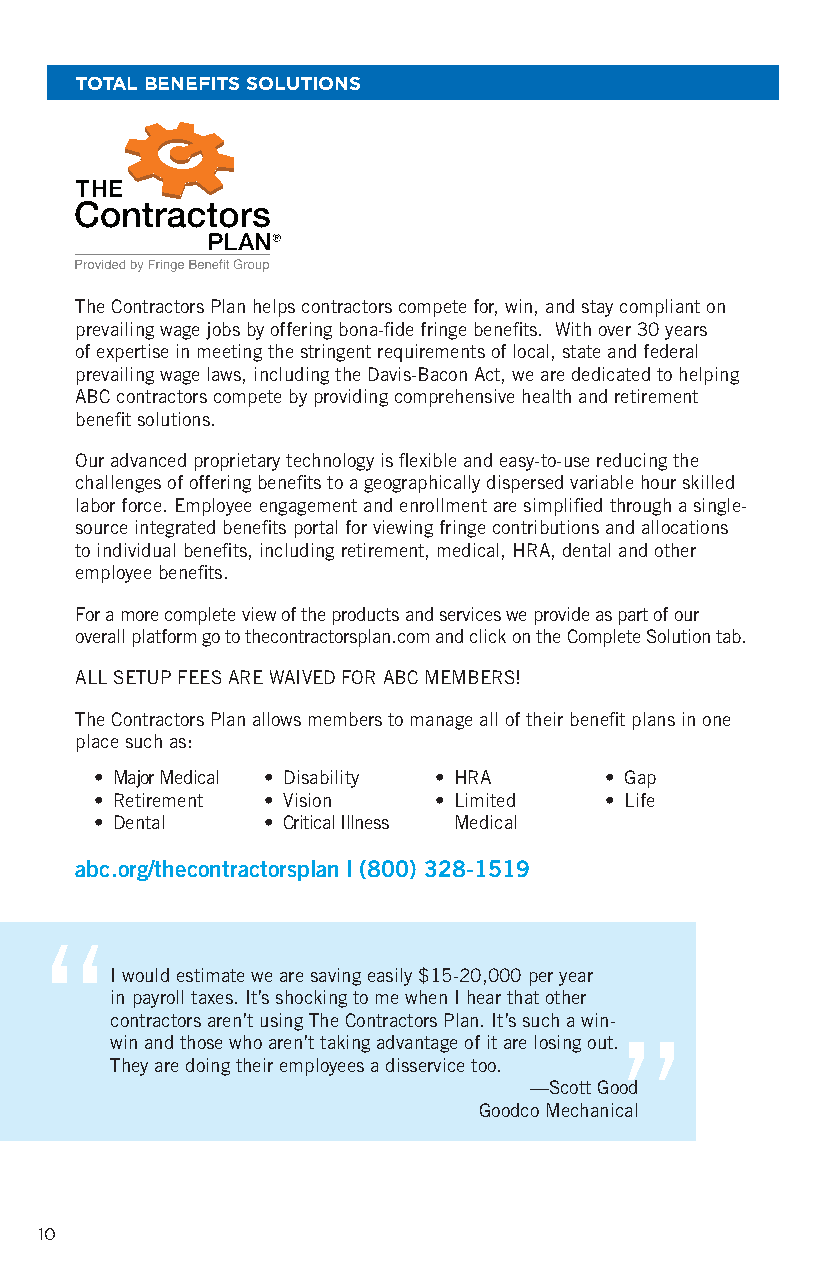
TOTAL BENEFITS SOLUTIONS
 The Contractors Plan helps contractors compete for, win, and stay compliant on
 prevailing wage jobs by offering bona-fide fringe benefits. With over 30 years
 of expertise in meeting the stringent requirements of local, state and federal
 prevailing wage laws, including the Davis-Bacon Act, we are dedicated to helping
 ABC contractors compete by providing comprehensive health and retirement
 benefit solutions.
 Our advanced proprietary technology is flexible and easy-to-use reducing the
 challenges of offering benefits to a geographically dispersed variable hour skilled
 labor force. Employee engagement and enrollment are simplified through a single-
 source integrated benefits portal for viewing fringe contributions and allocations
 to individual benefits, including retirement, medical, HRA, dental and other
 employee benefits.
 For a more complete view of the products and services we provide as part of our
 overall platform go to thecontractorsplan.com and click on the Complete Solution tab.
 ALL SETUP FEES ARE WAIVED FOR ABC MEMBERS!
 The Contractors Plan allows members to manage all of their benefit plans in one
 place such as:
 • Major Medical • Disability • HRA • Gap
 • Retirement • Vision  • Limited  • Life
 • Dental   • Critical Illness Medical
 abc.org/thecontractorsplan | (800) 328-1519
 “
 I would estimate we are saving easily $15-20,000 per year
 in payroll taxes. It’s shocking to me when I hear that other
 contractors aren’t using The Contractors Plan. It’s such a win-
 win and those who aren’t taking advantage of it are losing out.”
 They are doing their employees a disservice too.
 —Scott Good
 Goodco Mechanical
 10